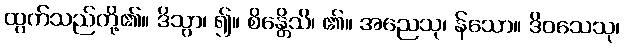
ထွက်သည်တို့၏။ ဒိသွာ၊ ၍။ စိန္တေိသိ၊ ၏။ အညေသု၊ န်သော။ ဒိဝသေသု၊